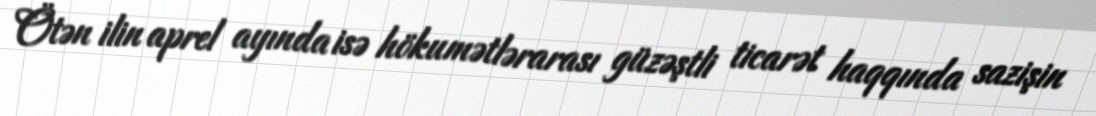
Ötən ilin aprel ayında isə hökumətlərarası güzəştli ticarət haqqında sazişin